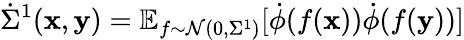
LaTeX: \dot{\Sigma}^{1}(\mathbf x,\mathbf y)=\mathbb{E}_{f\sim\mathcal{N}(0,\Sigma^{1})}[\dot{\phi}(f(\mathbf{x}))\dot{\phi}(f(\mathbf{y}))]